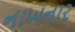
નાખનાર